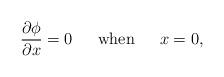
LaTeX: \begin{align*}\frac{\partial\phi}{\partial x}=0 \hspace{.25in}\hbox{when}\hspace{.25in}x=0,\end{align*}